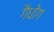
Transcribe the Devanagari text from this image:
गैधोंग